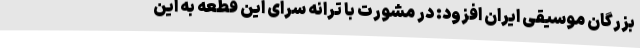
بزرگان موسیقی ایران افزود: در مشورت با ترانه سرای این قطعه به این